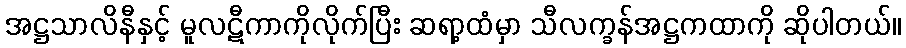
အဋ္ဌသာလိနီနှင့် မူလဋီကာကိုလိုက်ပြီး ဆရာ့ထံမှာ သီလက္ခန်အဋ္ဌကထာကို ဆိုပါတယ်။